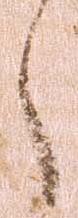
之